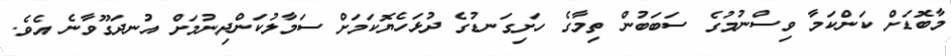
މާބޮޑަށް ކަންކަމާ ވިސްނުމުގެ ސަބަބުން ތިމާގެ ހަށިގަނޑުގެ ދުޅަހެޔޮކަމަށް ސަމާލުކަންދިނުމަށް އުނދަގޫވާނެ އެވެ.